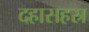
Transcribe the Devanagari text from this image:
दहासहस्र